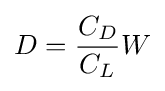
D={\frac {C_{D}}{C_{L}}}W